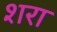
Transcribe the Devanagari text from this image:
शरा